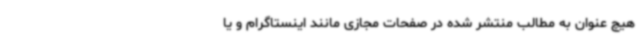
هیچ عنوان به مطالب منتشر شده در صفحات مجازی مانند اینستاگرام و یا